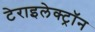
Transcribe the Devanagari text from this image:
टेराइलेक्ट्रॉन